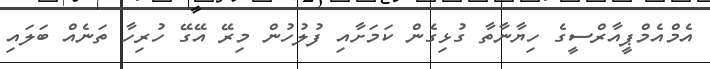
އެމްއެމްޕީއާރްސީގެ ހިޔާނާތާ ގުޅިގެން ކަމަށާއި ފުލުހުން މިރޭ އޭގޭ ހުރިހާ ތަނެއް ބަލައި